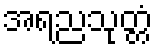
အရညသုတ္တံ